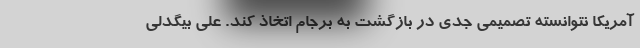
آمریکا نتوانسته تصمیمی جدی در بازگشت به برجام اتخاذ کند. علی بیگدلی